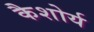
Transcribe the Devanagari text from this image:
कैशोर्य